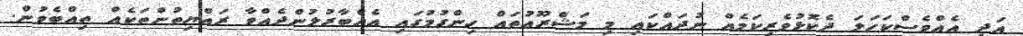
އަދި އެއްވެސްކަހަލަ ދެކޮޅުވެރިކަމެއް ނުދައްކައި މި މަޝްރޫޢުތައް ހިންގުމުގައި އެއްބާރުލުންދެއްވާ ރައްޔިތުންތަކެއް ތިއްބެވުން.